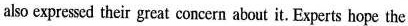
also expressed their great concern about it. Experts hope the